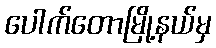
ပေါက်တောမြို့နယ်မှ